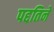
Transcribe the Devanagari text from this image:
पद्दतिने